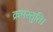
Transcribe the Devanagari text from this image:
क्रमस्तुति।